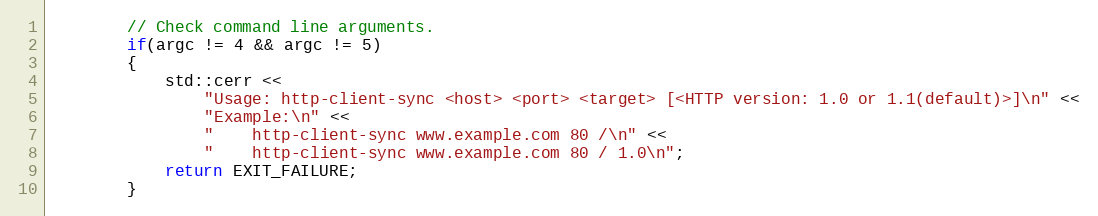
Language: C++
        // Check command line arguments.
        if(argc != 4 && argc != 5)
        {
            std::cerr <<
                "Usage: http-client-sync <host> <port> <target> [<HTTP version: 1.0 or 1.1(default)>]\n" <<
                "Example:\n" <<
                "    http-client-sync www.example.com 80 /\n" <<
                "    http-client-sync www.example.com 80 / 1.0\n";
            return EXIT_FAILURE;
        }